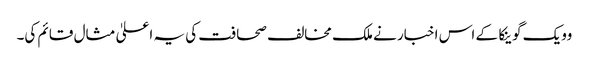
وویک گوینکا کے اس اخبار نے ملک مخالف صحافت کی یہ اعلیٰ مثال قائم کی۔